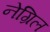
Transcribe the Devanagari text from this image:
नेग्रिल